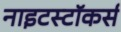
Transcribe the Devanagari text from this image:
नाइटस्टॉकर्स